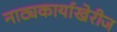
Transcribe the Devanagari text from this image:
नाट्यकार्याखेरीज